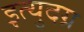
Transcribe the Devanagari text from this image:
इत्युदग्र